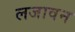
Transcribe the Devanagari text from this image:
लजावन